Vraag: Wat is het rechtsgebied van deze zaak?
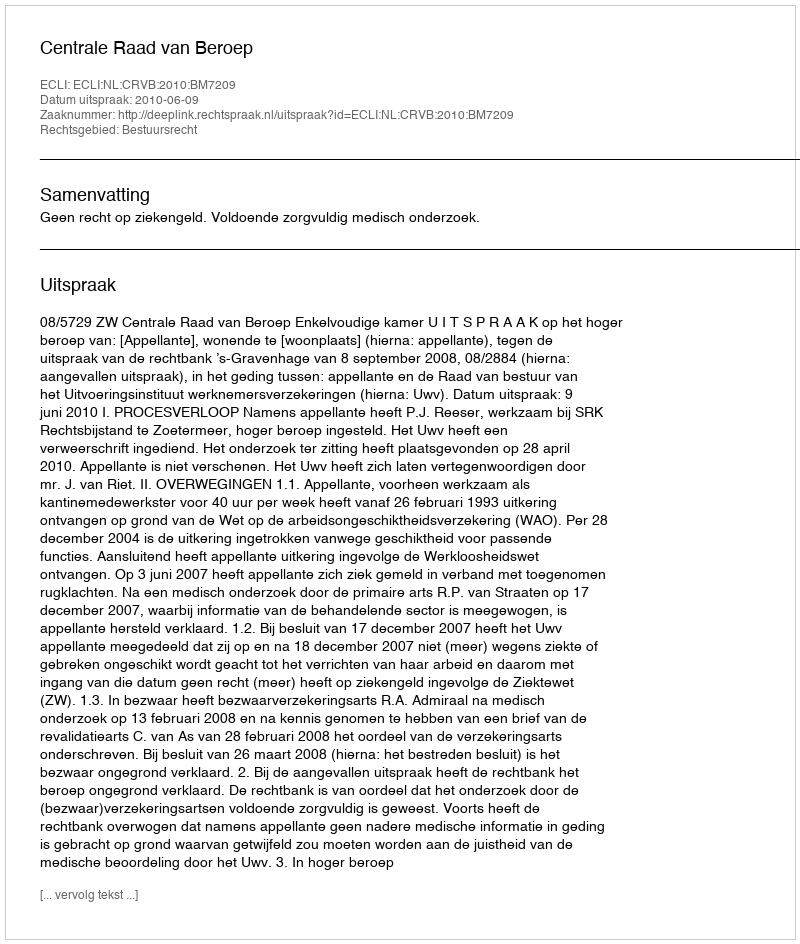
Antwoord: Bestuursrecht